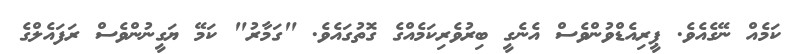
ކަމެއް ނޭގެއެވެ. ޕީރިއެޑްވުންވެސް އެނެގީ ބިރުވެރިކަމެއްގެ ގޮތުގައެވެ. "ގަމާރު" ކަމޭ ޔަގީނުންވެސް ރަފައެލްގެ